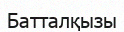
Батталқызы